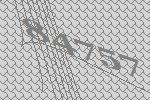
84757